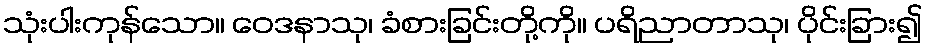
သုံးပါးကုန်သော။ ဝေဒနာသု၊ ခံစားခြင်းတို့ကို။ ပရိညာတာသု၊ ပိုင်းခြား၍